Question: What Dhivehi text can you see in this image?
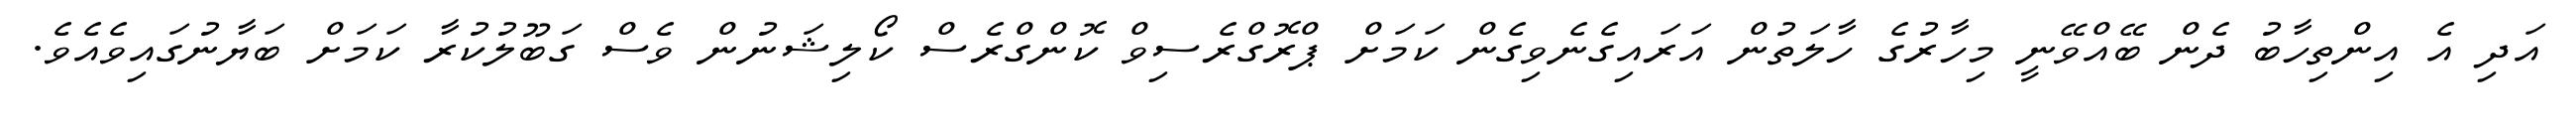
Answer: އަދި އެ އިންތިހާބު ދެން ބޭއްވޭނީ މިހާރުގެ ހާލަތުން އަރައިގެނެވިގެން ކަމަށް ޕްރޮގްރެސިވް ކޮންގްރެސް ކޯލިޝަނުން ވެސް ގަބޫލުކުރާ ކަމަށް ބަޔާނުގައިވެއެވެ.